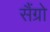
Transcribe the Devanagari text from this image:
सैंग्रो